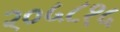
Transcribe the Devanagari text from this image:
२०५८१५